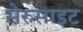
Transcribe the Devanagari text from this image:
सेरुसाइट